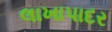
લાખાપાદર